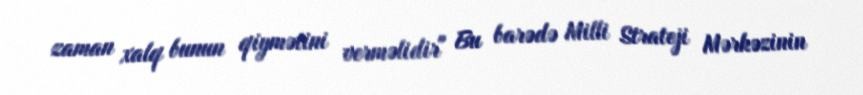
zaman xalq bunun qiymətini verməlidir" Bu barədə Milli Strateji Mərkəzinin